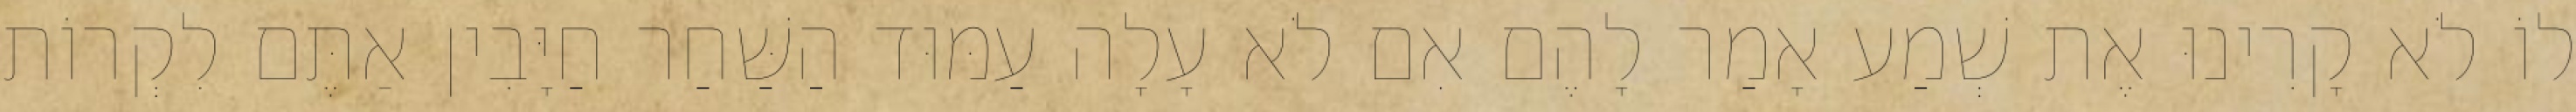
לוֹ לֹא קָרִינוּ אֶת שְׁמַע אָמַר לָהֶם אִם לֹא עָלָה עַמּוּד הַשַּׁחַר חַיָּבִין אַתֶּם לִקְרוֹת